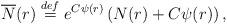
LaTeX: \begin{align*}\overline{N}(r) \overset{def}{=} e^{C\psi(r)} \left(N(r) + C \psi(r)\right),\end{align*}